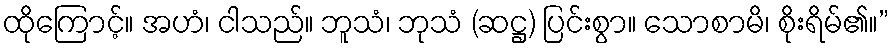
ထိုကြောင့်။ အဟံ၊ ငါသည်။ ဘူသံ၊ ဘုသံ (ဆဋ္ဌ) ပြင်းစွာ။ သောစာမိ၊ စိုးရိမ်၏။”